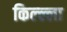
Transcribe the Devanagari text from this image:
किल्ल्ला